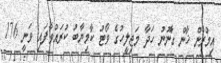
އިމްރާން ޚާން ގާނޫނު ހަދާ މަޖިލީހުގެ ވޯޓު ކާމިޔާބު ކުރައްވާފައި ވަނީ 176